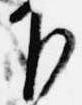
下